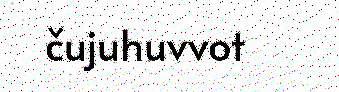
čujuhuvvot